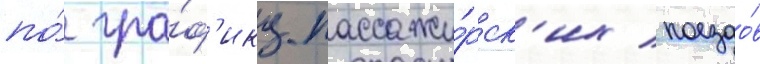
по́ гра́ф'ику пассажи́рск'их поездо́в